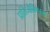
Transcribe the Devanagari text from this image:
प्रतिजैविकाचा